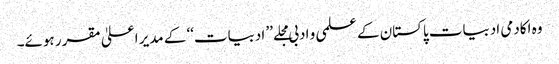
وہ اکادمی ادبیات پاکستان کے علمی و ادبی مجلے ’’ ادبیات‘‘ کے مدیر اعلیٰ مقرر ہوئے۔